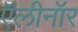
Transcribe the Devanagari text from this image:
ऍलीनॉर